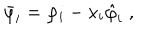
LaTeX: \bar { \varphi } _ { i } = \varphi _ { i } - x _ { i } \hat { \varphi } _ { i } \; ,